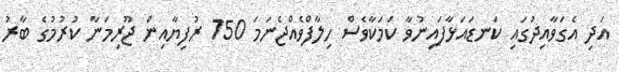
އަދި އެގަވާއިދުގައި ކަނޑައަޅާފައިނުވާ ކަމަކާވެސް ހިލާފްވެއްޖެނަމަ 750 ރުފިޔާއިން ޖޫރިމަނާ ކުރުމުގެ ބާރު